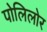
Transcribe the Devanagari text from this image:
पोलिलोर